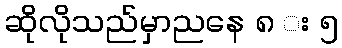
ဆိုလိုသည်မှာညနေ ၈ း ၅